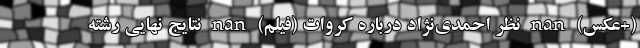
(+عکس) nan نظر احمدی‌نژاد درباره کروات (فیلم) nan نتایج نهایی رشته